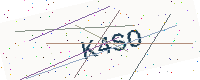
Text: K4SO